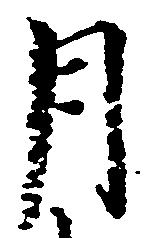
月